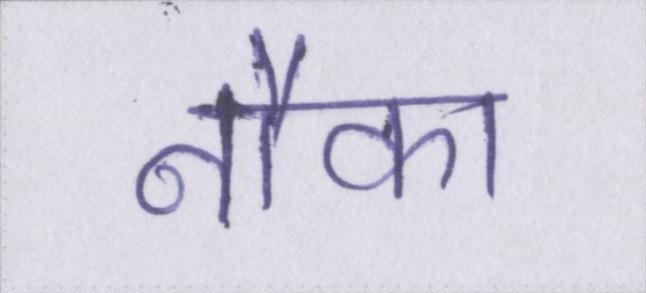
नौका